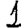
Digit: 1